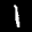
Label: 1